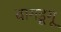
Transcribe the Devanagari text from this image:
वागडूगू